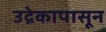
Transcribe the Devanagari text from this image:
उद्रेकापासून